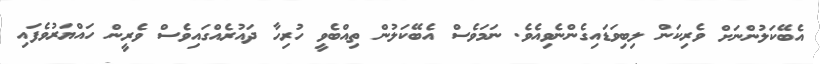
އެބޭކަލުންނަށް ވެރިކަން ލިބިވަޑައިގެންނެވިއެވެ. ނަމަވެސް އެބޭކަލުން ތިއްބެވީ ހުރިހާ ދައުރެއްގައިވެސް ވެރީން ހައްޔަރުވެފައި